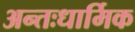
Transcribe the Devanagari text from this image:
अन्तःधार्मिक